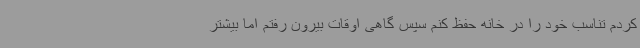
کردم تناسب خود را در خانه حفظ کنم سپس گاهی اوقات بیرون رفتم اما بیشتر